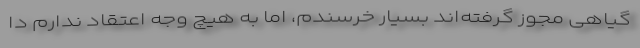
گیاهی مجوز گرفته‌اند بسیار خرسندم، اما به هیچ وجه اعتقاد ندارم دا